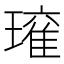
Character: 𭹾